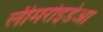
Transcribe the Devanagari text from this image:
लीमरोइडेआ